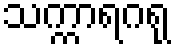
သက္ကာရဂရု